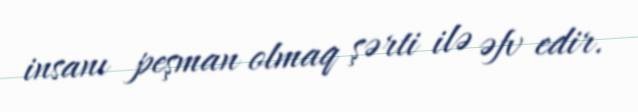
insanı peşman olmaq şərti ilə əfv edir.